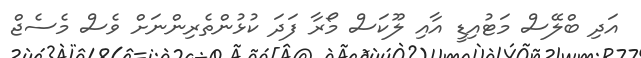
އަދި ބްލޭސް މަޓުއިޑީ އާއި ލޫކަސް މޯރާ ފަދަ ކުޅުންތެރިންނަށް ވެސް މެސެޖް